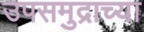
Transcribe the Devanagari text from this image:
उपसमुद्राच्या